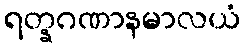
ရတ္နဂဏာနမာလယံ